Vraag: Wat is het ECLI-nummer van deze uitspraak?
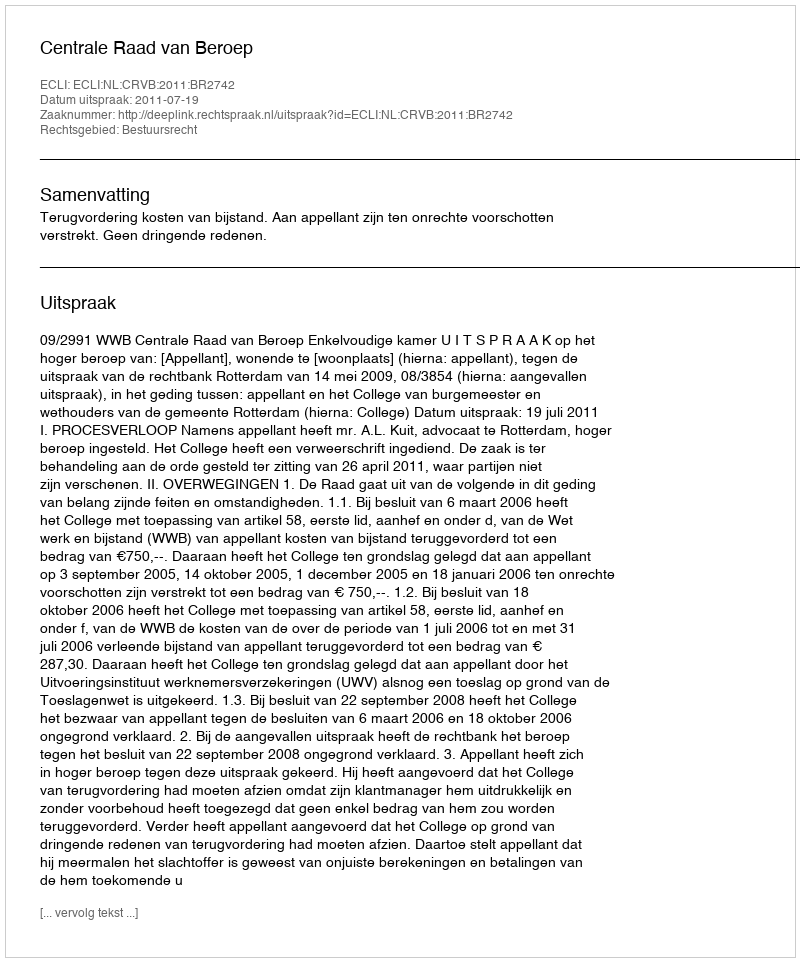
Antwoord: ECLI:NL:CRVB:2011:BR2742